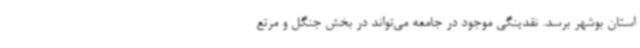
استان بوشهر برسد. نقدینگی موجود در جامعه می‌تواند در بخش جنگل و مرتع